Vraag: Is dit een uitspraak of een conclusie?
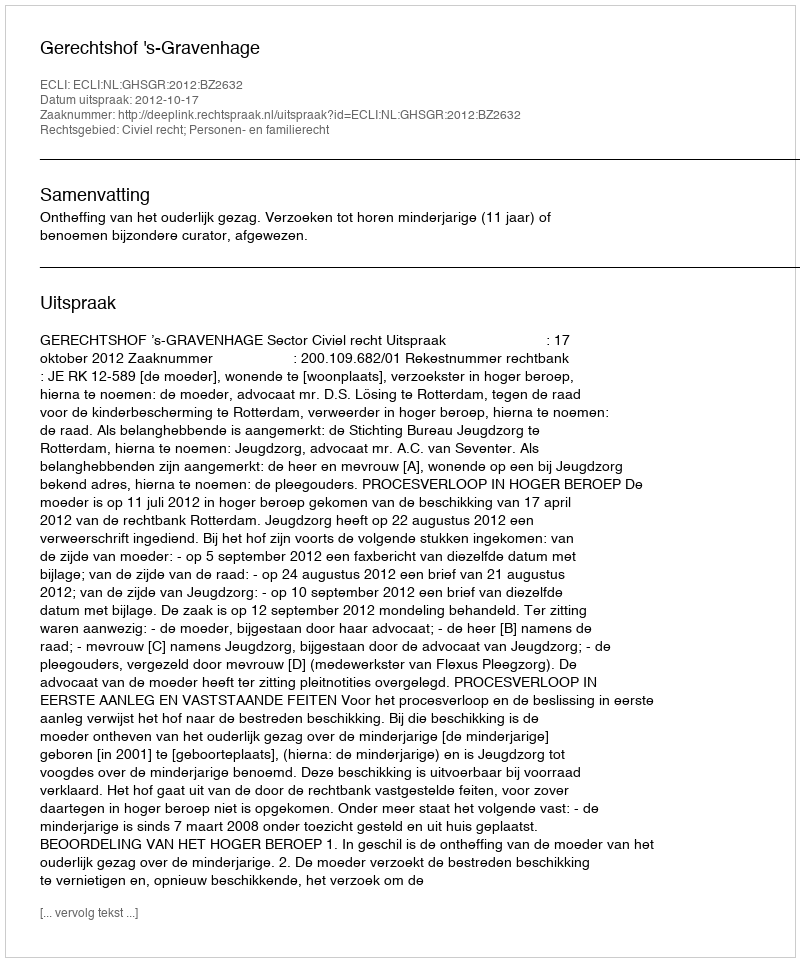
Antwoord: Uitspraak